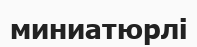
миниатюрлі